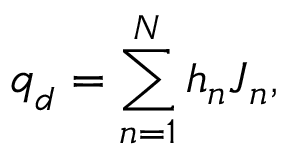
\boldsymbol { q } _ { d } = \sum _ { n = 1 } ^ { N } h _ { n } \boldsymbol { J } _ { n } ,